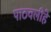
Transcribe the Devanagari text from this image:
पाठवलीहे